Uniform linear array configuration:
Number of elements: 12
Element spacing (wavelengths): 0.5
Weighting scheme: hamming
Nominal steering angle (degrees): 0
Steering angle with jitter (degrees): -1.769
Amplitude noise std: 0.05
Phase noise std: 0.05

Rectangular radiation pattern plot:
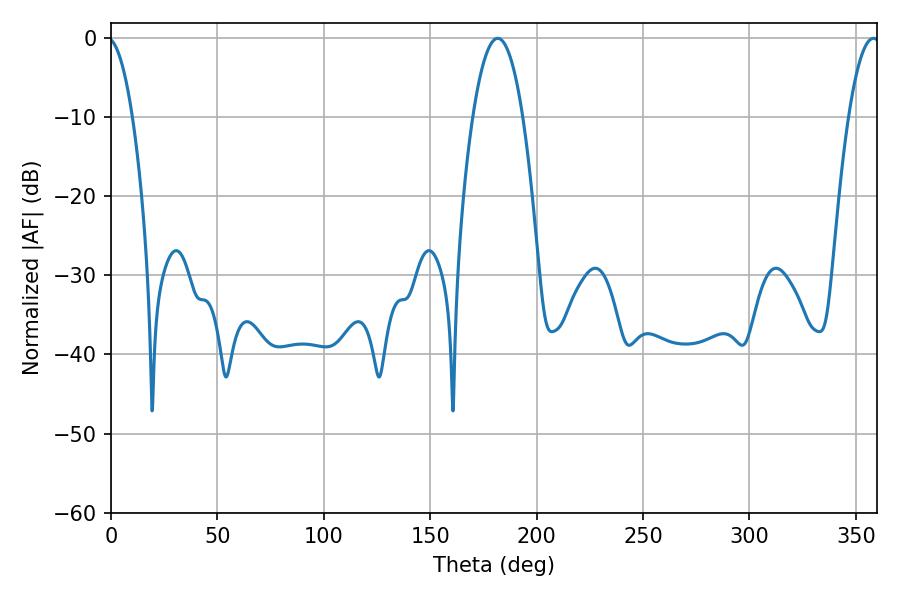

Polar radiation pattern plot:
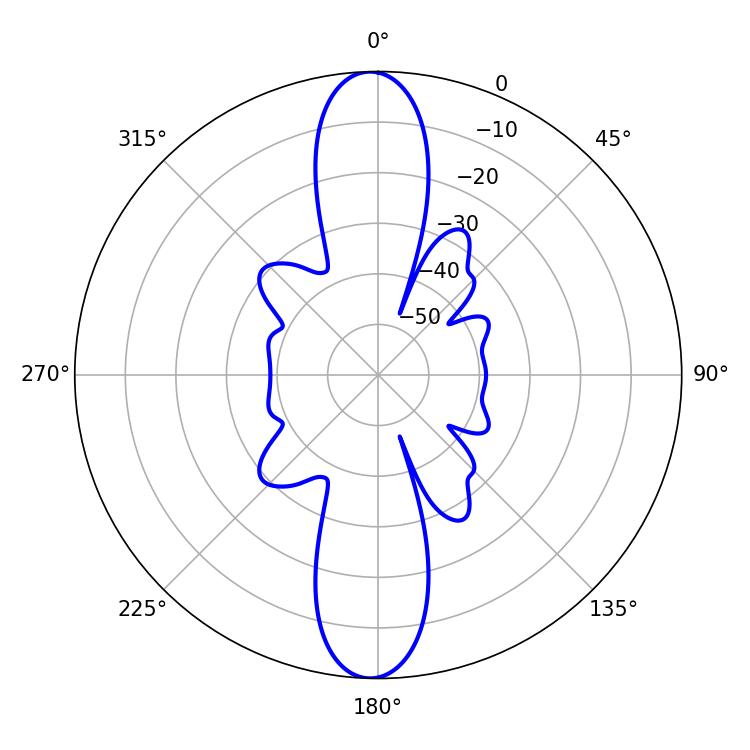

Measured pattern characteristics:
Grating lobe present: FALSE
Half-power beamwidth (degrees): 13.14
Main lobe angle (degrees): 181.8